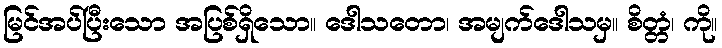
မြင်အပ်ပြီးသော အပြစ်ရှိသော။ ဒေါသတော၊ အမျက်ဒေါသမှ။ စိတ္တံ၊ ကို။